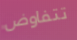
تتفاوض